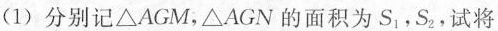
（1）分别记△AGM，△AGN的面积为S_{1}，S_{2}，试将